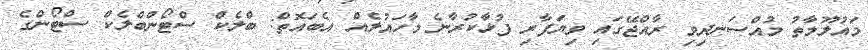
މައުލޫމާތު މުއްސަނދިވި ރާއްޖޭގައި ވިޔަފާރި ފުޅާކުރާނެ މާހައުލެއް އެބައޮތް: ބްލެކް ސްޓޯންބްލެކް ސްޓޯންގެ